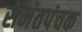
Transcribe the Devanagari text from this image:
समंतपंचक